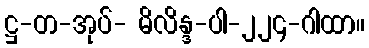
ဋ္ဌ-တ-အုပ်- မိလိန္ဒ-ပါ-၂၂၄-ဂါထာ။